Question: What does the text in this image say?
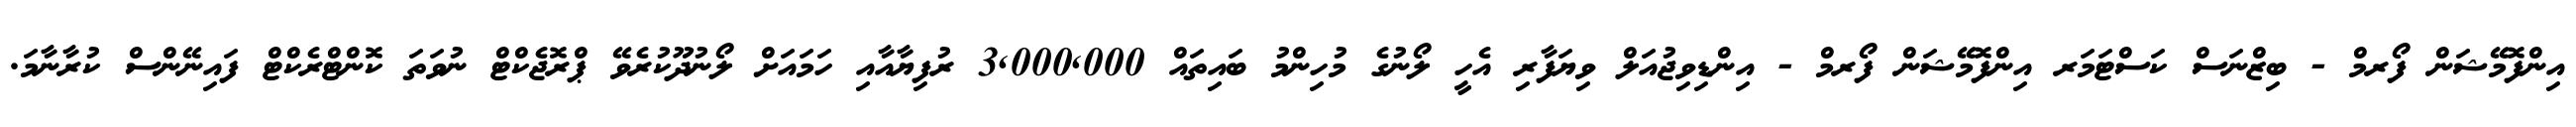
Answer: އިންފޮމޭޝަން ފޯރމް - ބިޒްނަސް ކަސްޓަމަރ އިންފޮމޭޝަން ފޯރމް - އިންޑިވިޖުއަލް ވިޔަފާރި އެހީ ލޯނުގެ މުހިންމު ބައިތައް 3,000,000 ރުފިޔާއާއި ހަމައަށް ލޯނުދޫކުރެވޭ ޕްރޮޖެކްޓް ނުވަތަ ކޮންޓްރެކްޓް ފައިނޭންސް ކުރާނާމަ.